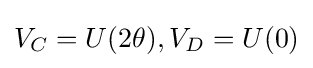
V_{C}=U(2\theta ),V_{D}=U(0)